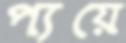
প্যয়ে